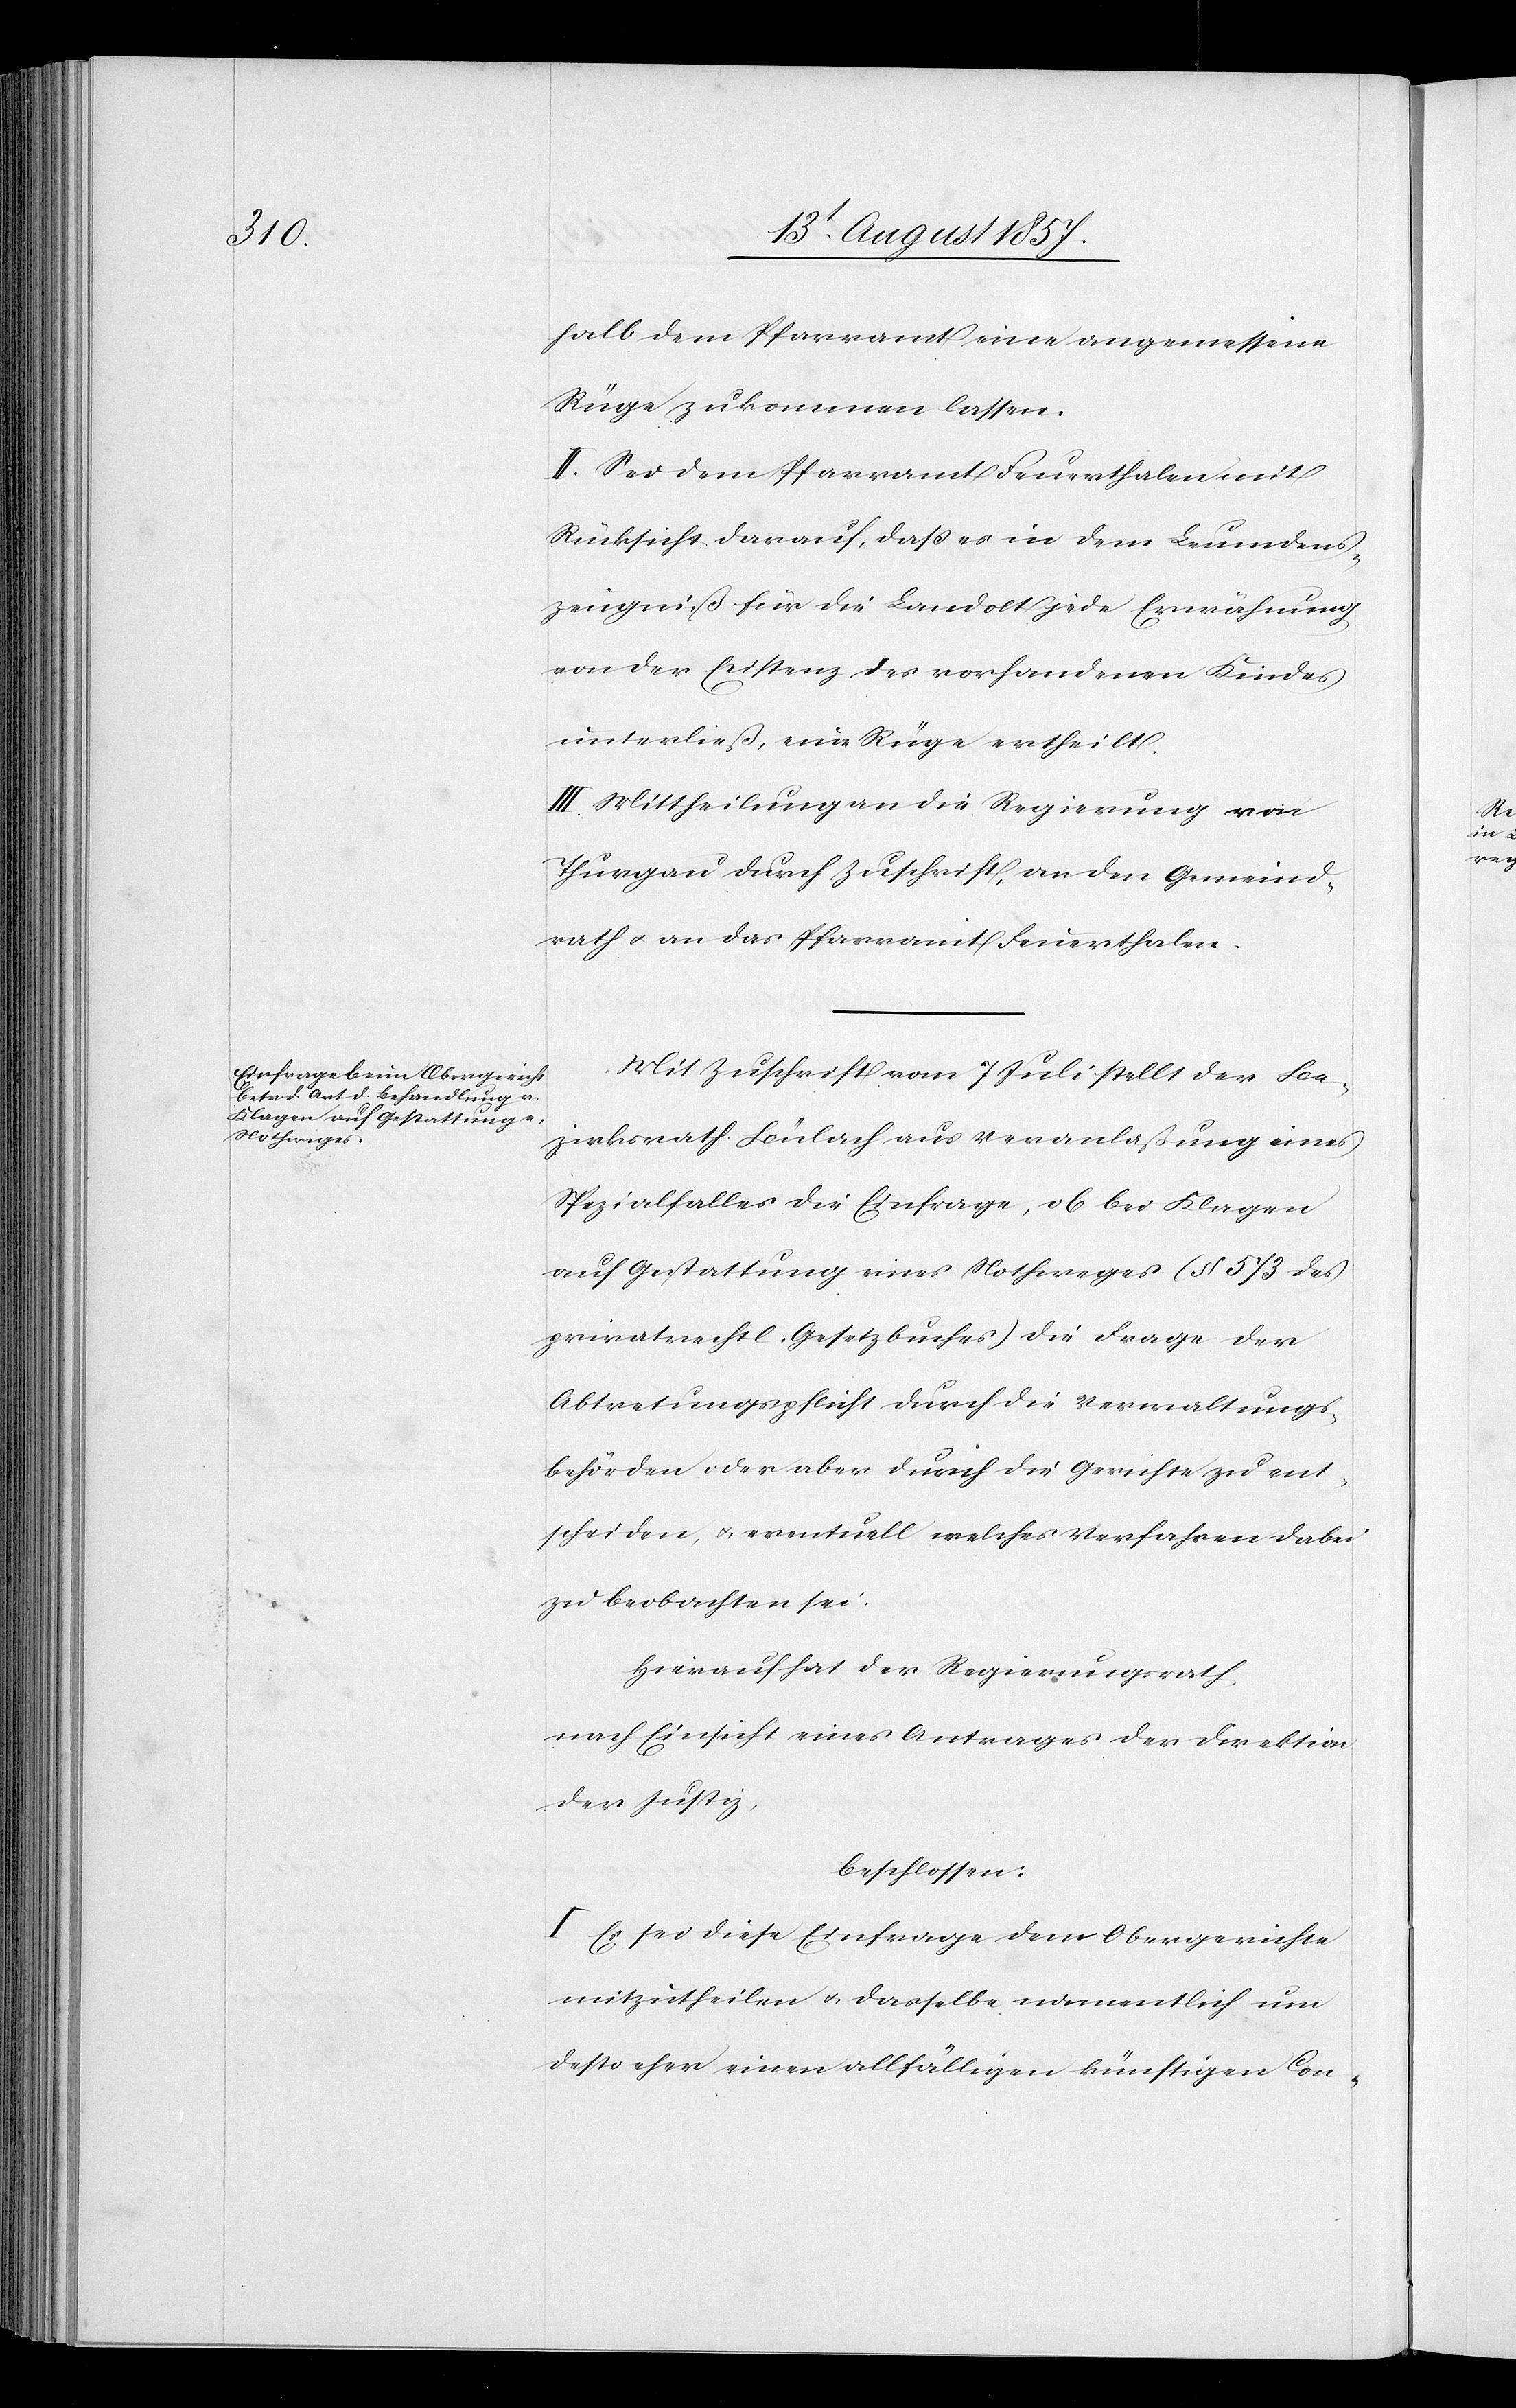
halb dem Pfarramte eine angemessene
Rüge zukommen zu lassen.
II. Sei dem Pfarramt Feuerthalen mit
Rücksicht darauf, daß es in dem Leumdens¬
zeugniß für die Landolt jede Erwähnung
von der Existenz des vorhandenen Kindes
unterließ, eine Rüge ertheilt.
III. Mittheilung an die Regierung von
Thurgau durch Zuschrift, an den Gemeind¬
rath & an das Pfarramt Feuerthalen.
Mit Zuschrift vom 7 Juli stellt der Be¬
zirksrath Bülach aus Veranlaßung eines
Spezialfalles die Einfrage, ob bei Klagen
auf Gestattung eines Nothweges (§ 5/3 des
privatrechtl. Gesetzbuches) die Frage der
Abtretungspflicht durch die Verwaltungs¬
behörden oder aber durch die Gerichte zu ent¬
scheiden, & eventuell welches Verfahren dabei
zu beobachten sei.
Hierauf hat der Regierungsrath,
nach Einsicht eines Antrages der Direktion
der Justiz,
beschlossen:
I. Es sei diese Einfrage dem Obergerichte
mitzutheilen & dasselbe namentlich um
desto eher einen allfälligen künftigen Con-